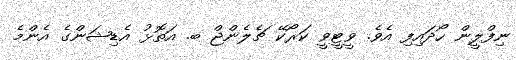
ނިފްލީން ހޯދައިފި އެވެ. ވީޓީވީ ކަރޯކޭ ޗެލެންޖް ބ. އަތޮޅު އެޑިޝަންގެ އެންމެ